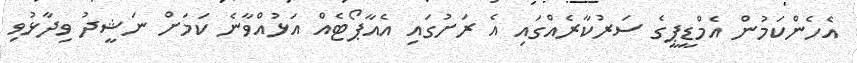
އެހެންކަމުން އެމްޑީޕީގެ ސަރުކާރެއްގައި އެ ރަށުގައި އެއާޕޯޓެއް އަޅުއްވާނެ ކަމަށް ނަޝީދު ވިދާޅުވި